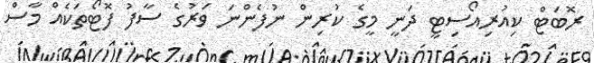
ރޮބަޓް ކިއުރިއޯސިޓީ ދަނީ މީގެ ކުރިން ނުފެންނަ ވަރުގެ ސާފު ފޮޓޯތަކެއް މާސް